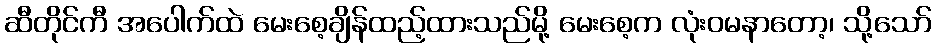
ဆီတိုင်ကီ အပေါက်ထဲ မေးစေ့ချိန်ထည့်ထားသည်မို့ မေးစေ့က လုံးဝမနာတော့၊ သို့သော်